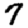
Digit: 7